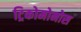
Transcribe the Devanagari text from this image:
ट्रिकोमोनोस